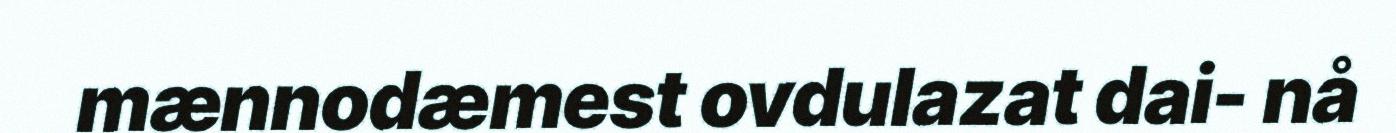
mænnodæmest ovdulazat dai- nå